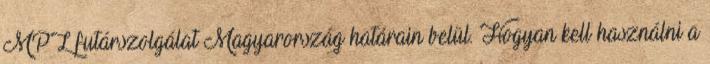
MPL futárszolgálat Magyarország határain belül. Hogyan kell használni a